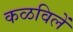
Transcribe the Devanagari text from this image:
कळविलें